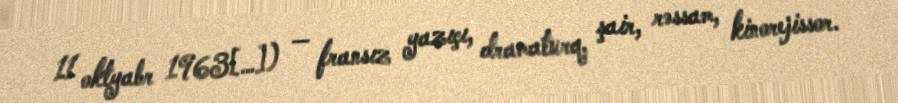
11 oktyabr 1963[…]) — fransız yazıçı, dramaturq, şair, rəssam, kinorejissor.